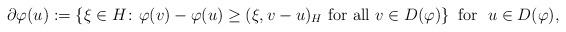
LaTeX: \begin{align*}\partial \varphi(u) := \left\{\xi \in H \colon \varphi(v) - \varphi(u) \geq (\xi, v - u)_H \ \mbox{for all } v \in D(\varphi)\right\}\mbox{ for } \ u \in D(\varphi),\end{align*}